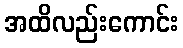
အထိလည်းကောင်း